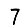
Digit: 7